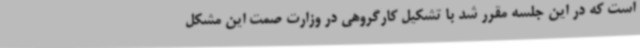
است که در این جلسه مقرر شد با تشکیل کارگروهی در وزارت صمت این مشکل